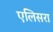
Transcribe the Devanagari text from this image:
एलिसरा